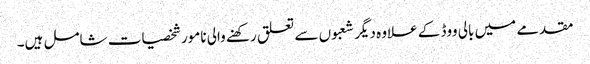
مقدمے میں بالی ووڈ کے علاوہ دیگر شعبوں سے تعلق رکھنے والی نامور شخصیات شامل ہیں۔